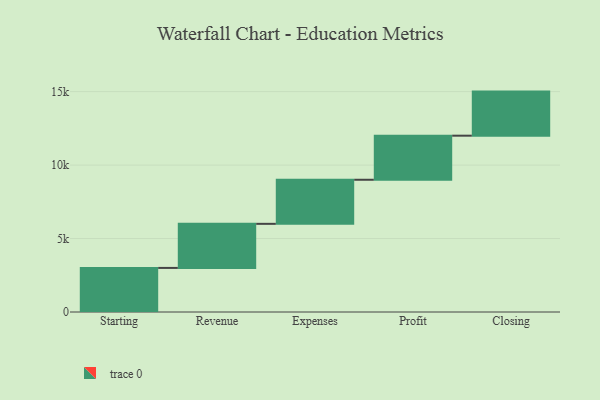
{"axis": {"x": "Step", "y": "Value"}, "legend": [""], "data": [{"x": "Starting", "y": 3000, "type": ""}, {"x": "Revenue", "y": 3000, "type": ""}, {"x": "Expenses", "y": 3000, "type": ""}, {"x": "Profit", "y": 3000, "type": ""}, {"x": "Closing", "y": 3000, "type": ""}]}